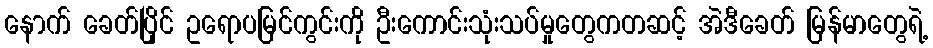
နောက် ခေတ်ပြိုင် ဥရောပမြင်ကွင်းကို ဦးကောင်းသုံးသပ်မှုတွေကတဆင့် အဲဒီခေတ် မြန်မာတွေရဲ့